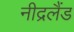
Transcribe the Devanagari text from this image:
नीद्रलैंड